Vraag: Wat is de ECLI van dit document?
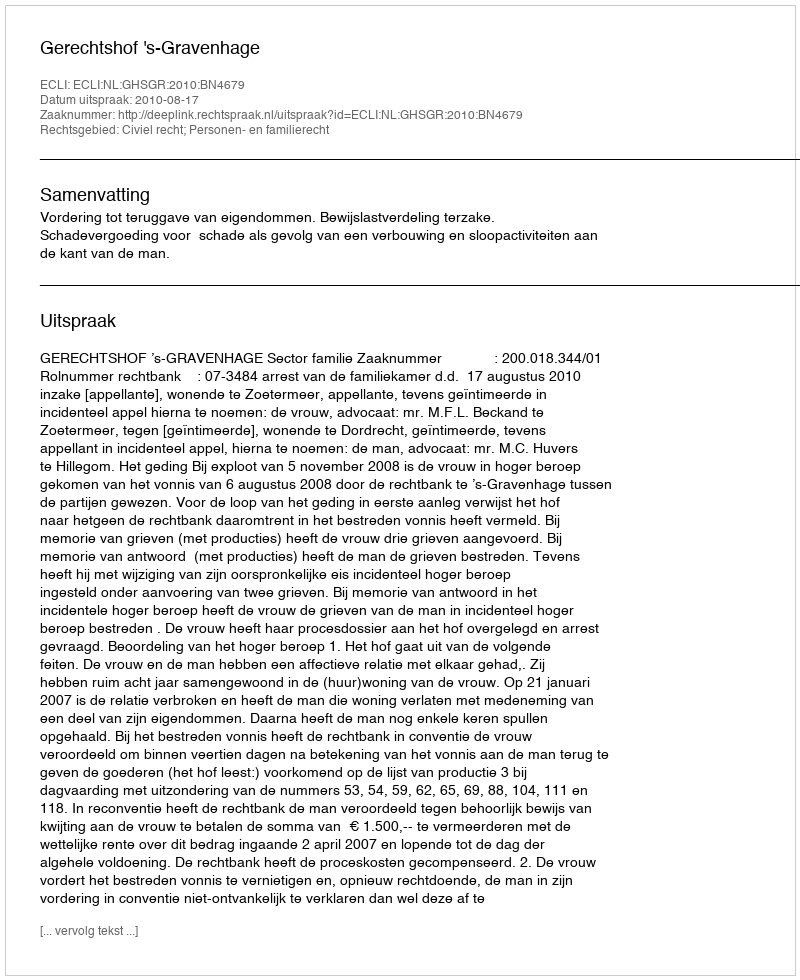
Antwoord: ECLI:NL:GHSGR:2010:BN4679